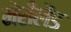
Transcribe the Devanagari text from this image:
मेंरीलैंड